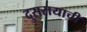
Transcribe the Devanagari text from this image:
दुसरायाची